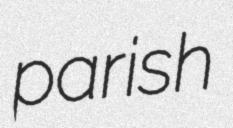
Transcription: parish